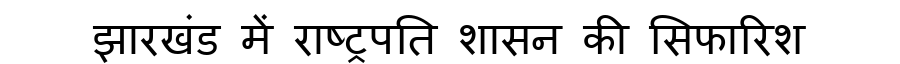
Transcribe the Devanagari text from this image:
झारखंड में राष्ट्रपति शासन की सिफारिश